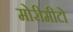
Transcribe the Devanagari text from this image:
मोरीमीटो